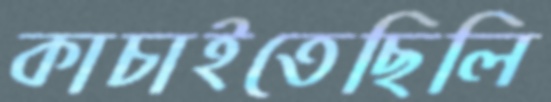
কাচাইতেছিলি